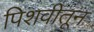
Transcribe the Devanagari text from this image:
पिशवीतून